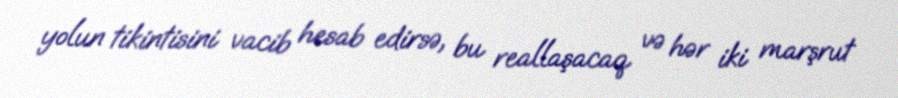
yolun tikintisini vacib hesab edirsə, bu reallaşacaq və hər iki marşrut